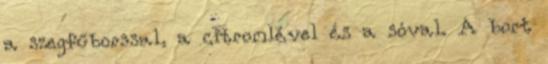
a szegfűborssal, a citromlével és a sóval. A bort